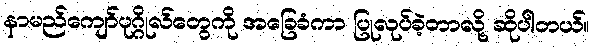
နာမည်ကျော်ပုဂ္ဂိုလ်တွေကို အခြေခံကာ ပြုလုပ်ခဲ့တာလို့ ဆိုပါတယ်။